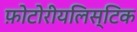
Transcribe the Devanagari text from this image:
फ़ोटोरीयलिस्टिक